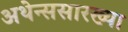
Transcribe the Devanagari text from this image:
अथेन्ससारख्या